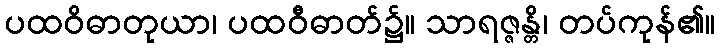
ပထဝိဓာတုယာ၊ ပထဝီဓာတ်၌။ သာရဇ္ဇန္တိ၊ တပ်ကုန်၏။